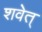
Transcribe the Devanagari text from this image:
शवेत्